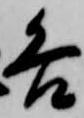
各